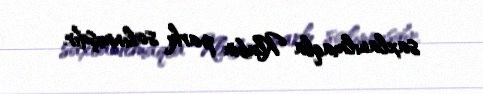
saxlanılmaqla Klubin parkı salınmışdır.